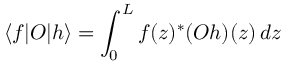
\langle f \vert O \vert h \rangle = \int _ { 0 } ^ { L } f ( z ) ^ { \ast } ( O h ) ( z ) \, d z